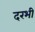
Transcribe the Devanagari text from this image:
दरभी